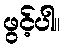
ဖွင့်ပါ။